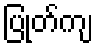
ပြုတ်ကျ